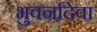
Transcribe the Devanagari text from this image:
भुवनदिवा